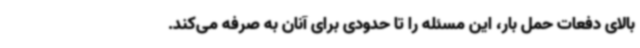
بالای دفعات حمل بار، این مسئله را تا حدودی برای آنان به صرفه می‌کند.